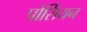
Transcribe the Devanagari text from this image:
पोर्सियन